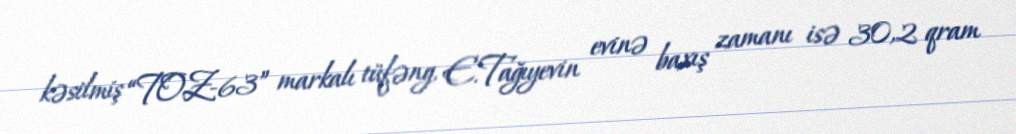
kəsilmiş “TOZ-63” markalı tüfəng, E.Tağıyevin evinə baxış zamanı isə 30,2 qram